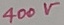
Text: 400V